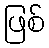
ဖြစ်